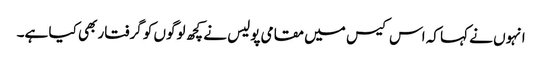
انہوں نے کہا کہ اس کیس میں مقامی پولیس نے کچھ لوگوں کو گرفتار بھی کیا ہے۔